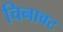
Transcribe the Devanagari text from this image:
चिनावट